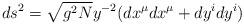
LaTeX: \begin{align*}ds^2 = \sqrt{g^2 N}y^{-2} ( dx^\mu dx^\mu + dy^i dy^i )\end{align*}